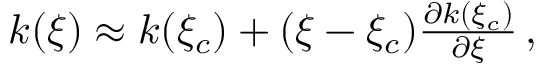
\begin{array} { r } { k ( \xi ) \approx k ( \xi _ { c } ) + ( \xi - \xi _ { c } ) \frac { \partial k ( \xi _ { c } ) } { \partial \xi } \, , } \end{array}